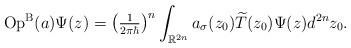
LaTeX: \begin{align*}\operatorname*{Op}\nolimits^{\mathrm{B}}(a) \Psi(z)=\left( \tfrac{1}{2\pi\hbar}\right)^{n} \int_{\mathbb{R}^{2n}}a_{\sigma}(z_{0})\widetilde{T}(z_{0})\Psi(z)d^{2n}z_{0}.\end{align*}